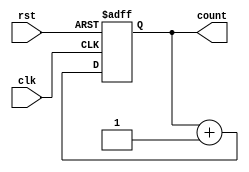
module synchronous_counter
(
 input wire clk,
 input wire rst,
 output reg [7:0] count
);

always @ (posedge clk or posedge rst)
begin
 if (rst)
  count <= 8'b00000000;
 else
  count <= count + 1;
end

endmodule